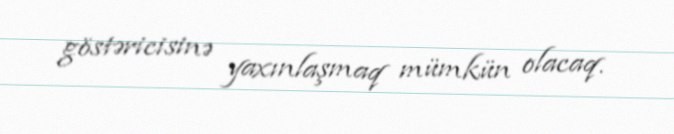
göstəricisinə yaxınlaşmaq mümkün olacaq.